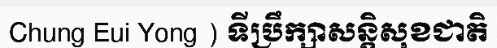
Chung Eui Yong ) ទីប្រឹក្សាសន្តិសុខជាតិ